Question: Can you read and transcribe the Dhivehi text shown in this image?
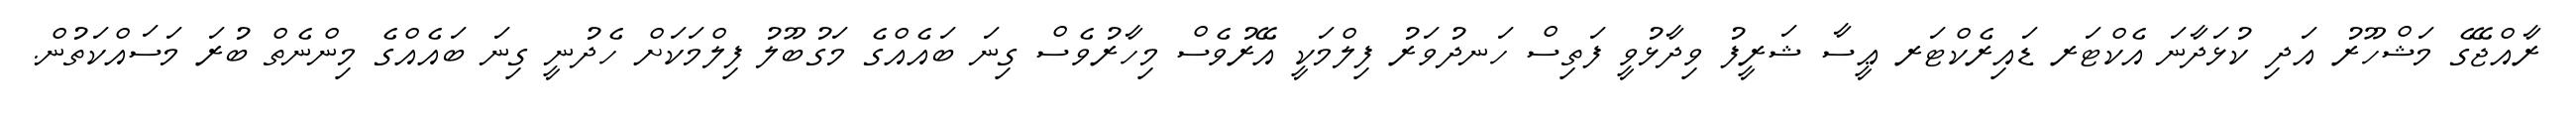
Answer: ރާއްޖޭގެ މަޝްހޫރު އަދި ކުޅަދާނަ އެކްޓަރ ޑައިރެކްޓަރ ޢީސާ ޝަރީފު ވިދާޅުވީ ފަތިސް ހަނދުވަރު ފިލްމަކީ އޭރުވެސް މިހާރުވެސް ގިނަ ބައެއްގެ މަގުބޫލު ފިލްމަކަށް ހެދުނީ ގިނަ ބައެއްގެ މިންނެތް ބުރަ މަސައްކަތުން.